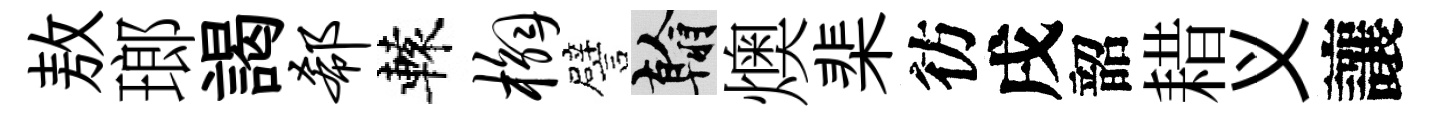
敖瑯謁欷轅槲譬翰燠棐彷戌韶耤义讓